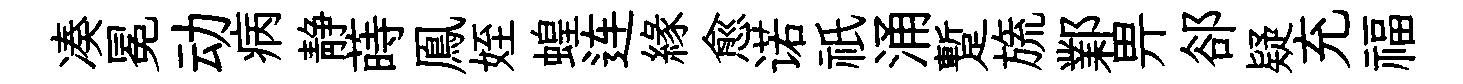
凑冕动病静蒔鳯姪蝗连縁愈诺祇涌蹔旒鄴畀郤疑充福